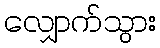
လျှောက်သွား